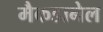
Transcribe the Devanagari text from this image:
मैकडानेल